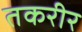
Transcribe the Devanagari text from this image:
तकरीर